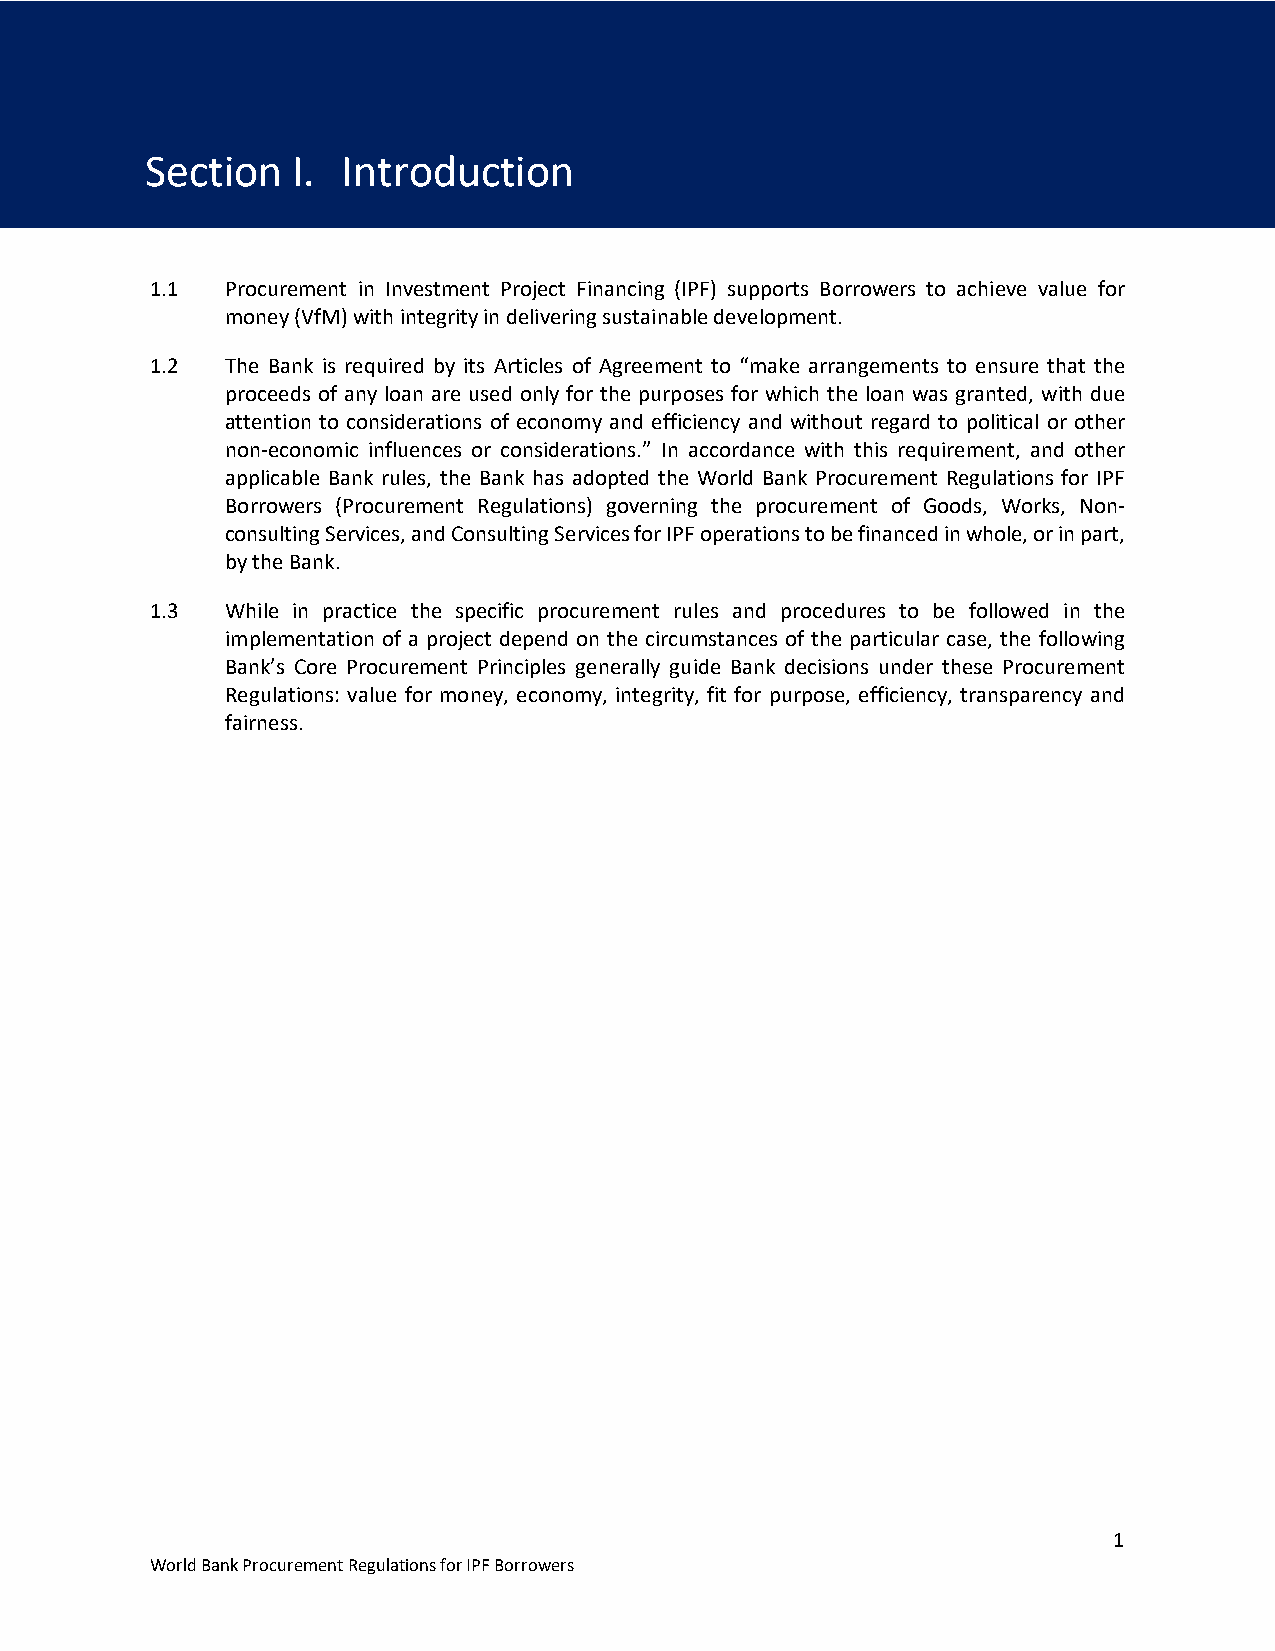
Section  I.  Introduction
 Section I. Introduction
 1.1  Procurement in Investment Project Financing (IPF) supports Borrowers to achieve value for
 money (VfM) with integrity in delivering sustainable development.
 1.2  The Bank is required by its Articles of Agreement to “make arrangements to ensure that the
 proceeds of any loan are used only for the purposes for which the loan was granted, with due
 attention to considerations of economy and efficiency and without regard to political or other
 non-economic influences or considerations.” In accordance with this requirement, and other
 applicable Bank rules, the Bank has adopted the World Bank Procurement Regulations for IPF
 Borrowers (Procurement Regulations) governing the procurement of Goods, Works, Non-
 consulting Services, and Consulting Services for IPF operations to be financed in whole, or in part,
 by the Bank.
 1.3  While in practice the specific procurement rules and procedures to be followed in the
 implementation of a project depend on the circumstances of the particular case, the following
 Bank’s Core Procurement Principles generally guide Bank decisions under these Procurement
 Regulations: value for money, economy, integrity, fit for purpose, efficiency, transparency and
 fairness.
 1
 World Bank Procurement Regulations for IPF Borrowers